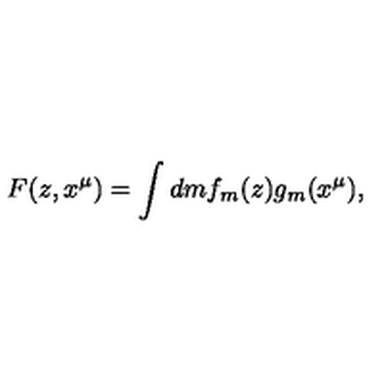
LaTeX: F ( z , x ^ { \mu } ) = \int d m f _ { m } ( z ) g _ { m } ( x ^ { \mu } ) ,